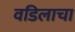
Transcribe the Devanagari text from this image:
वडिलाचा